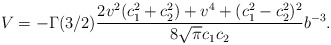
\begin{align*}V=-\Gamma(3/2)\frac{2v^2 (c_{1}^{2}+ c_{2}^{2}) + v^4 + (c_{1}^{2} -c_{2}^{2})^2}{8\sqrt{\pi} c_1 c_2 } b^{-3}.\end{align*}